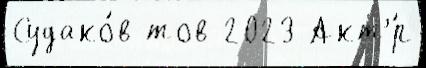
Судако́в тов 2023 Акт'́р